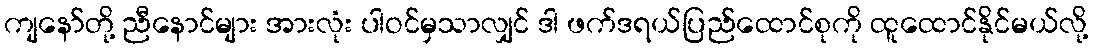
ကျနော်တို့ ညီနောင်များ အားလုံး ပါဝင်မှသာလျှင် ဒါ ဖက်ဒရယ်ပြည်ထောင်စုကို ထူထောင်နိုင်မယ်လို့